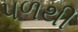
પળથી